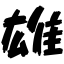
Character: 雄